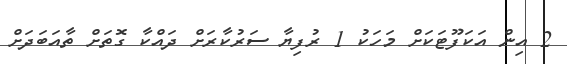
2 އިން އަކަފޫޓަކަށް މަހަކު 1 ރުފިޔާ ސަރުކާރަށް ދައްކާ ގޮތަށް ތާއަބަދަށް